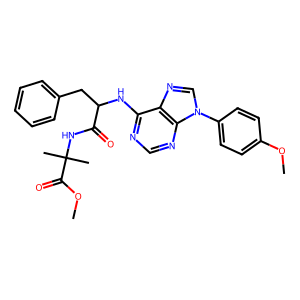
SMILES: COC(=O)C(C)(C)NC(=O)C(Cc1ccccc1)Nc1ncnc2c1ncn2-c1ccc(OC)cc1
Inhibits HIV replication: No